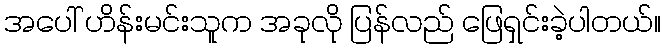
အပေါ် ဟိန်းမင်းသူက အခုလို ပြန်လည် ဖြေရှင်းခဲ့ပါတယ်။